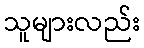
သူများလည်း